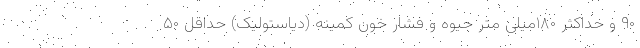
۹۰ و حداکثر ۱۸۰میلی متر جیوه و فشار خون کمینه (دیاستولیک) حداقل ۵۰